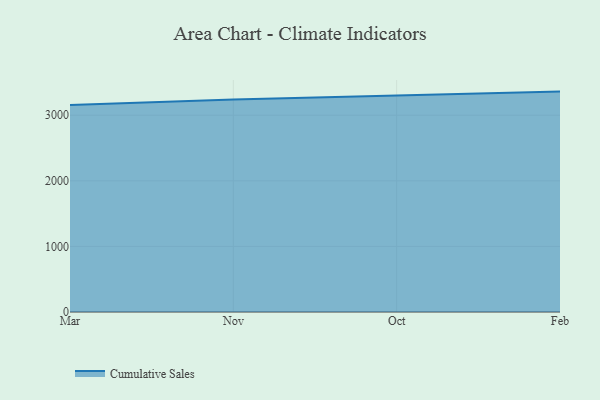
{"axis": {"x": "Month", "y": "Waste Production (Tons)"}, "legend": ["Cumulative Sales"], "data": [{"x": "Mar", "y": 3156.1, "type": "Cumulative Sales"}, {"x": "Nov", "y": 3239.6, "type": "Cumulative Sales"}, {"x": "Oct", "y": 3302.1, "type": "Cumulative Sales"}, {"x": "Feb", "y": 3360.1, "type": "Cumulative Sales"}]}